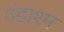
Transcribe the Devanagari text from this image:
गंडाश्म